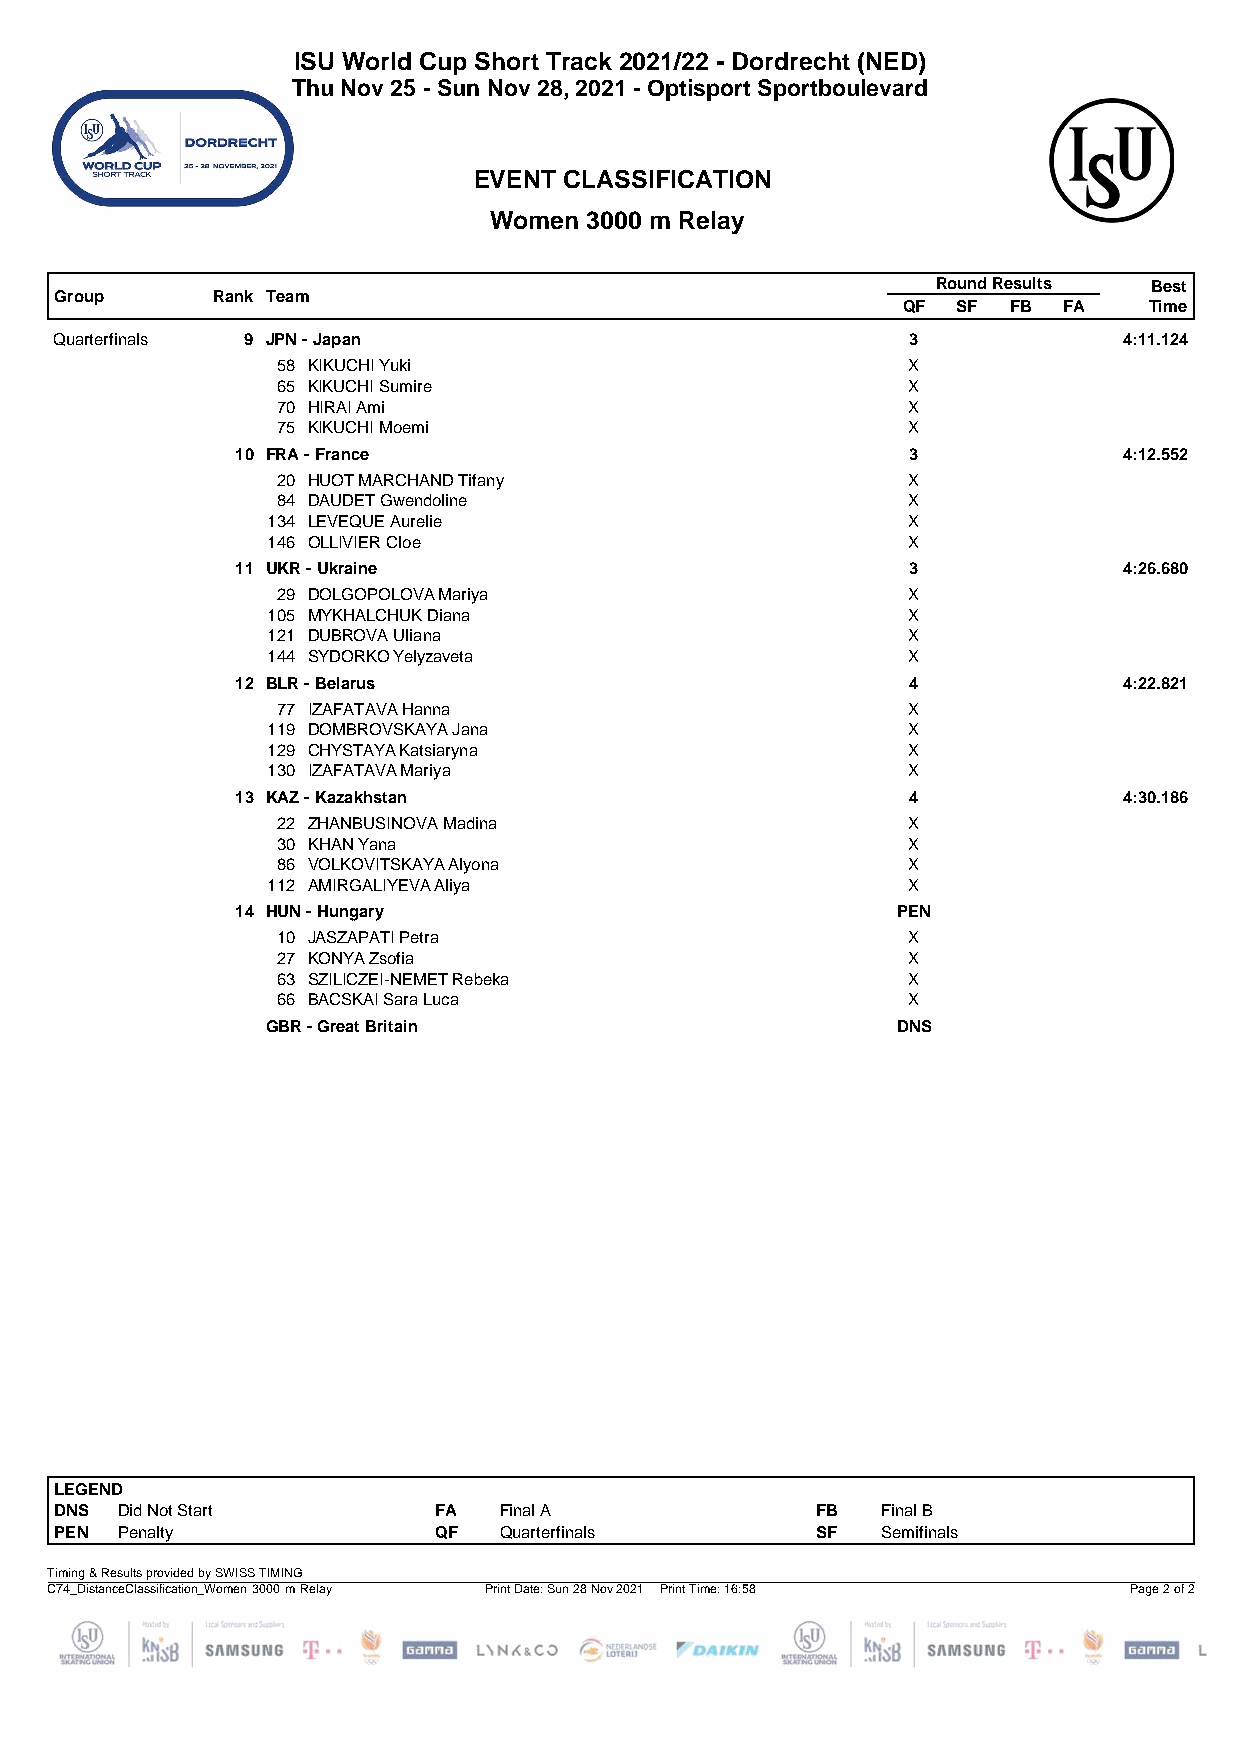
ISU World Cup Short Track 2021/22 - Dordrecht (NED)
 Thu Nov 25 - Sun Nov 28, 2021 - Optisport Sportboulevard
 EVENT CLASSIFICATION
 Women  3000 m Relay
 Round Results Best
 Group     Rank Team
 QF SF  FB FA    Time
 Quarterfinals 9 JPN - Japan                             3             4:11.124
 58 KIKUCHI Yuki                           X
 65 KIKUCHI Sumire                         X
 70 HIRAI Ami                              X
 75 KIKUCHI Moemi                          X
 10 FRA - France                             3             4:12.552
 20 HUOT MARCHAND Tifany                   X
 84 DAUDET Gwendoline                      X
 134 LEVEQUE Aurelie                       X
 146 OLLIVIER Cloe                         X
 11 UKR - Ukraine                            3             4:26.680
 29 DOLGOPOLOVA Mariya                     X
 105 MYKHALCHUK Diana                      X
 121 DUBROVA Uliana                        X
 144 SYDORKO Yelyzaveta                    X
 12 BLR - Belarus                            4             4:22.821
 77 IZAFATAVA Hanna                        X
 119 DOMBROVSKAYA Jana                     X
 129 CHYSTAYA Katsiaryna                   X
 130 IZAFATAVA Mariya                      X
 13 KAZ - Kazakhstan                         4             4:30.186
 22 ZHANBUSINOVA Madina                    X
 30 KHAN Yana                              X
 86 VOLKOVITSKAYA Alyona                   X
 112 AMIRGALIYEVA Aliya                    X
 14 HUN - Hungary                           PEN
 10 JASZAPATI Petra                        X
 27 KONYA Zsofia                           X
 63 SZILICZEI-NEMET Rebeka                 X
 66 BACSKAI Sara Luca                      X
 GBR - Great Britain                      DNS
 LEGEND
 DNS Did Not Start        FA  Final A              FB  Final B
 PEN Penalty              QF  Quarterfinals        SF  Semifinals
 Timing & Results provided by SWISS TIMING
 C74_DistanceClassification_Women 3000 m Relay Print Date: Sun 28 Nov 2021 Print Time: 16:58 Page 2 of 2